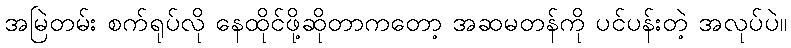
အမြဲတမ်း စက်ရုပ်လို နေထိုင်ဖို့ဆိုတာကတော့ အဆမတန်ကို ပင်ပန်းတဲ့ အလုပ်ပဲ။